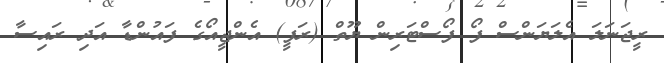
ރީޖަނަލަ އެލަޔަންސް ފޯ ފޯސްޓަރިން ޔޫތް (ރަފީ) އެންޖީއޯގެ ފައުންޑާ އަދި ރައިސާ